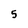
Character: 5